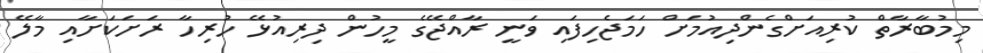
މިމުބާރާތް ކުރިއަށްގެންދިއުމަށް ހަމަޖެހިފައި ވަނީ ރާއްޖޭގެ މީހުން ދިރިއުޅޭ ހުރިހާ ރަށަކަށާއި މާލޭ